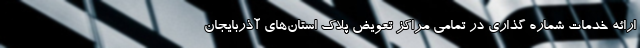
ارائه خدمات شماره گذاری در تمامی مراکز تعویض پلاک استان‌های آذربایجان